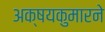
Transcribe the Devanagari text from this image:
अक्षयकुमारने